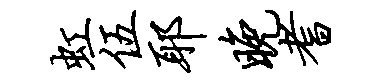
虹伍耶晚耆